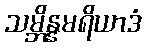
သမ္ဘိန္နမရိယာဒံ